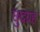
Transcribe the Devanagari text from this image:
छुद्रग्रह